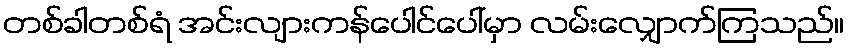
တစ်ခါတစ်ရံ အင်းလျားကန်ပေါင်ပေါ်မှာ လမ်းလျှောက်ကြသည်။